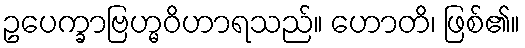
ဥပေက္ခာဗြဟ္မဝိဟာရသည်။ ဟောတိ၊ ဖြစ်၏။